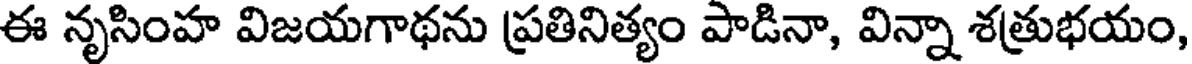
ఈ నృసింహ విజయగాథను ప్రతినిత్యం పాడినా, విన్నా శత్రుభయం,